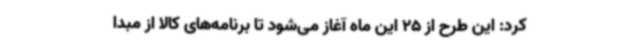
کرد: این طرح از 25 این ماه آغاز می‌شود تا برنامه‌های کالا از مبدا